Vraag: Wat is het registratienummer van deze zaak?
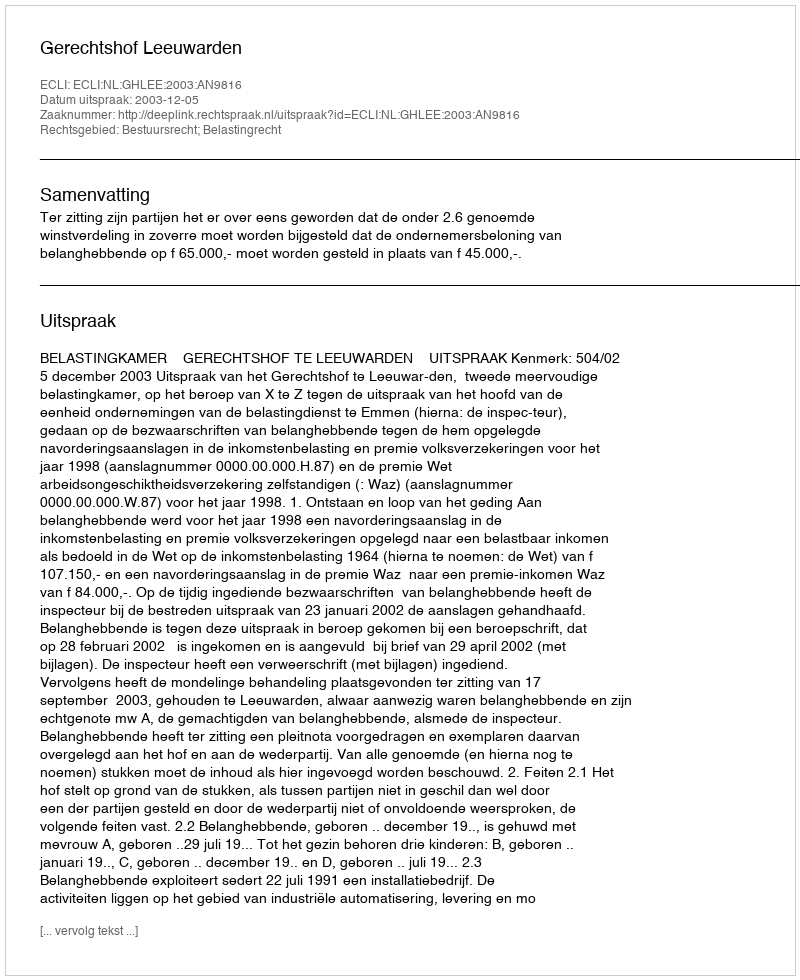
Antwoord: http://deeplink.rechtspraak.nl/uitspraak?id=ECLI:NL:GHLEE:2003:AN9816